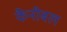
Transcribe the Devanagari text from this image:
कैनीबल